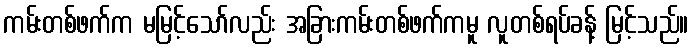
ကမ်းတစ်ဖက်က မမြင့်သော်လည်း အခြားကမ်းတစ်ဖက်ကမူ လူတစ်ရပ်ခန့် မြင့်သည်။